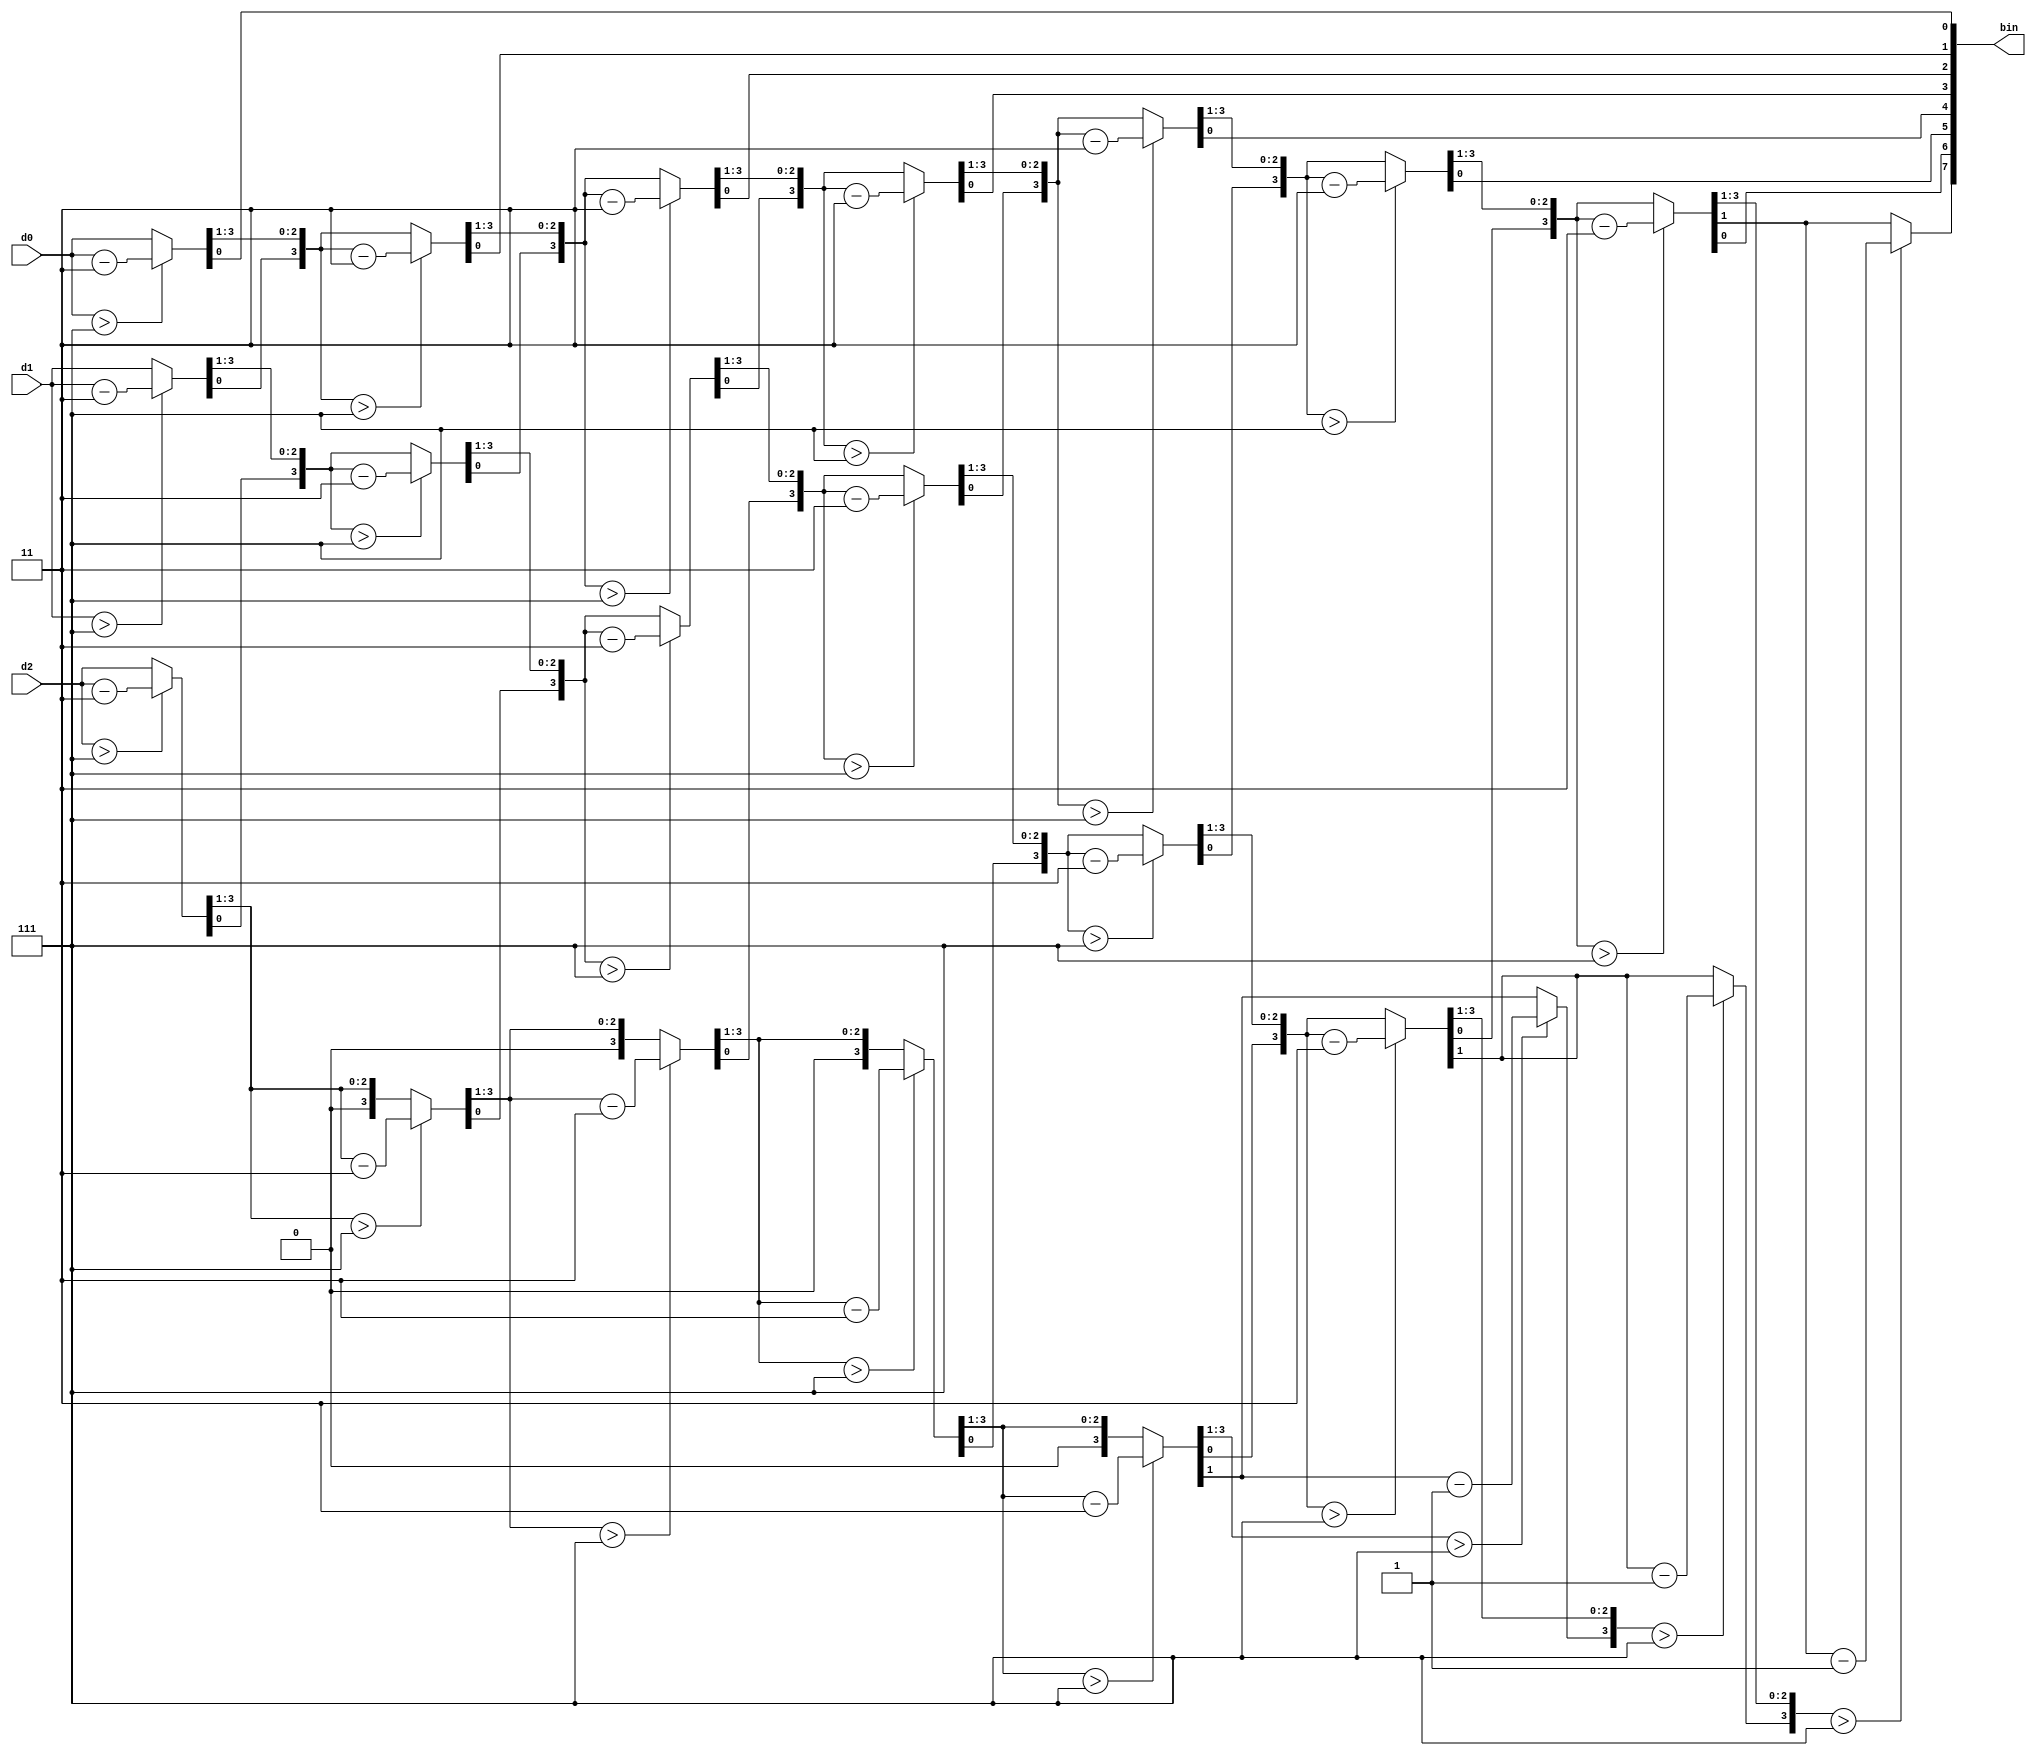
module BCDtoBIN(d2,d1,d0,bin);
output reg  [7:0]bin;
input [3:0]d2,d1,d0;
reg [11:0]bcd_reg;
integer i; 

always@*
begin
bcd_reg = {d2,d1,d0};
bin = 8'b0;
for(i=0;i<8;i = i+1)
begin
if(bcd_reg[11:8]>7) bcd_reg[11:8] = bcd_reg[11:8] -3;
if(bcd_reg[7:4]>7) bcd_reg[7:4] = bcd_reg[7:4] -3;
if(bcd_reg[3:0]>7) bcd_reg[3:0] = bcd_reg[3:0] -3;
{bcd_reg,bin} = ({bcd_reg,bin} >> 1);
end
end
endmodule